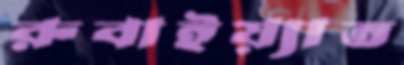
রুবাইয়্যাত